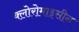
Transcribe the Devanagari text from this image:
क्लोरोमाइसीन